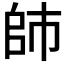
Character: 𰏙